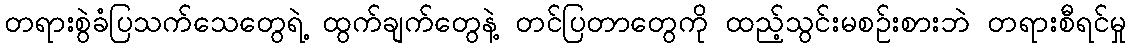
တရားစွဲခံပြသက်သေတွေရဲ့ ထွက်ချက်တွေနဲ့ တင်ပြတာတွေကို ထည့်သွင်းမစဉ်းစားဘဲ တရားစီရင်မှု